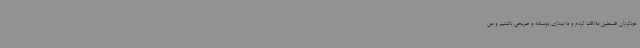
خودگردان فلسطین ملاقات کردم و ما دیداری دوستانه و صریحی داشتیم و من